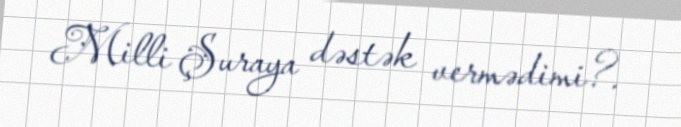
Milli Şuraya dəstək vermədimi?.